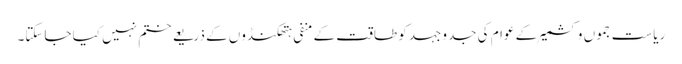
ریاست جموں وکشمیر کے عوام کی جدوجہد کو طاقت کے منفی ہتھکنڈوں کے ذریعے ختم نہیں کیا جاسکتا۔